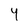
Character: Y